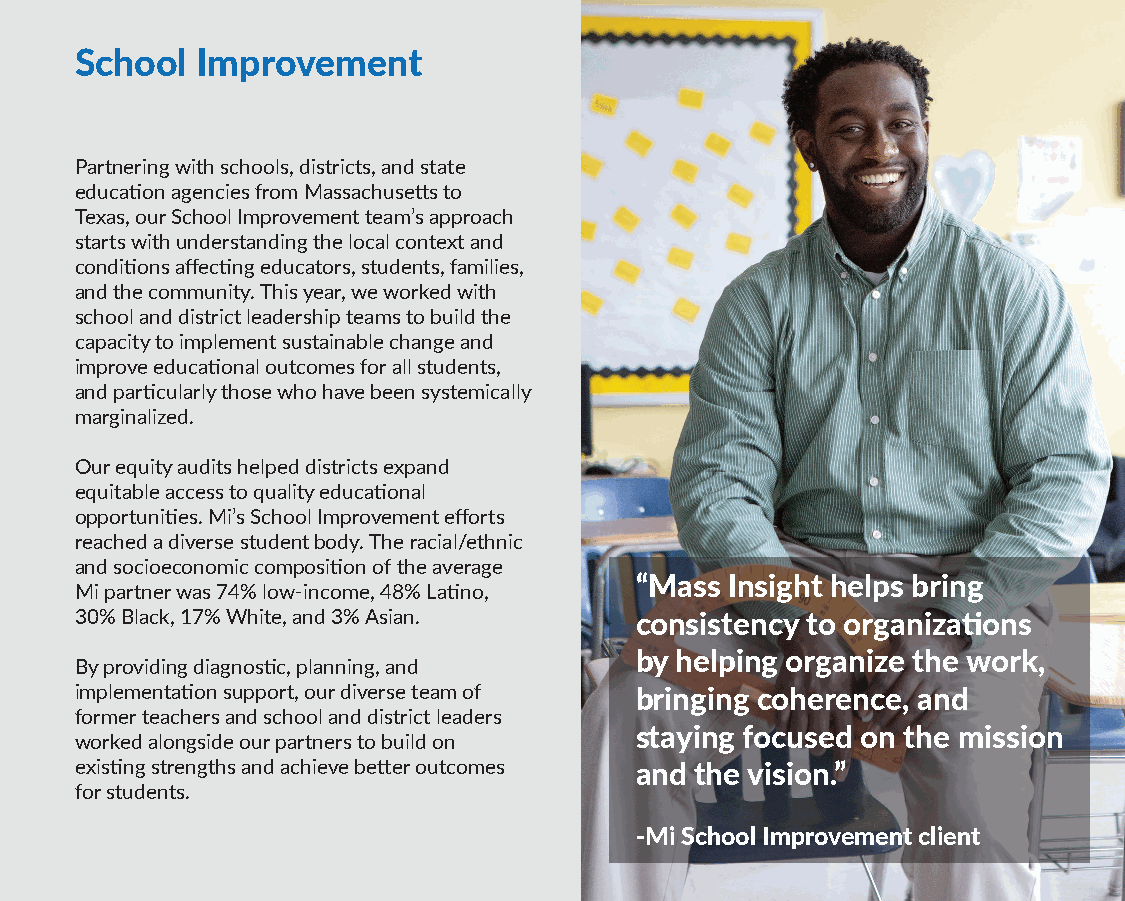
School  Improvement
 Partnering with schools, districts, and state
 education agencies from Massachusetts to
 Texas, our School Improvement team’s approach
 starts with understanding the local context and
 conditions affecting educators, students, families,
 and the community. This year, we worked with
 school and district leadership teams to build the
 capacity to implement sustainable change and
 improve educational outcomes for all students,
 and particularly those who have been systemically
 marginalized.
 Our equity audits helped districts expand
 equitable access to quality educational
 opportunities. Mi’s School Improvement efforts
 reached a diverse student body. The racial/ethnic
 and socioeconomic composition of the average
 “Mass Insight helps bring
 Mi partner was 74% low-income, 48% Latino,
 30% Black, 17% White, and 3% Asian.  consistency to organizations
 by helping organize the work,
 By providing diagnostic, planning, and
 implementation support, our diverse team of bringing coherence, and
 former teachers and school and district leaders
 staying focused on the mission
 worked alongside our partners to build on
 existing strengths and achieve better outcomes and the vision.”
 for students.
 -Mi School Improvement client